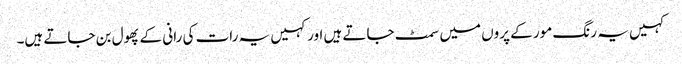
کہیں یہ رنگ مور کے پروں میں سمٹ جاتے ہیں اور کہیں یہ رات کی رانی کے پھول بن جاتے ہیں۔